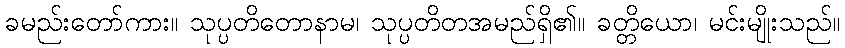
ခမည်းတော်ကား။ သုပ္ပတိတောနာမ၊ သုပ္ပတိတအမည်ရှိ၏။ ခတ္တိယော၊ မင်းမျိုးသည်။